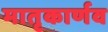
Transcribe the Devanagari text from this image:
मातृकार्णव